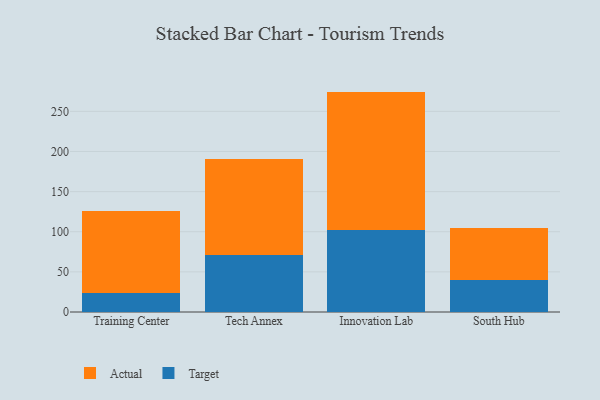
{"axis": {"x": "Campus", "y": "Satisfaction Score"}, "legend": ["Actual", "Target"], "data": [{"x": "Training Center", "y": 23.9, "type": "Target"}, {"x": "Training Center", "y": 101.8, "type": "Actual"}, {"x": "Tech Annex", "y": 70.8, "type": "Target"}, {"x": "Tech Annex", "y": 120.2, "type": "Actual"}, {"x": "Innovation Lab", "y": 101.9, "type": "Target"}, {"x": "Innovation Lab", "y": 172.7, "type": "Actual"}, {"x": "South Hub", "y": 40.0, "type": "Target"}, {"x": "South Hub", "y": 64.1, "type": "Actual"}]}